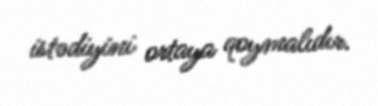
istədiyini ortaya qoymalıdır.